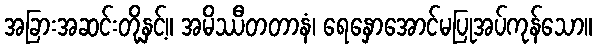
အခြားအဆင်းတို့နှင့်။ အမိဿီတတာနံ၊ ရေနှောအောင်မပြုအပ်ကုန်သော။